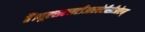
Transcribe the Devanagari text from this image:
हैं।यूएसएसटीआरऐटीसीओएम्